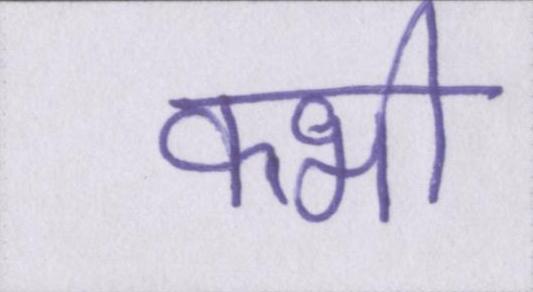
क्भी